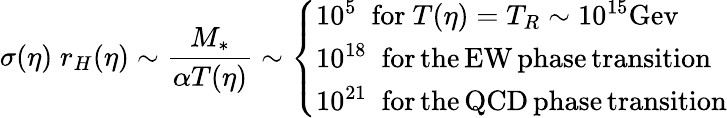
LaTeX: \sigma(\eta)\; r_{H}(\eta)\sim\frac{M_{*}}{\alpha T(\eta)}\sim\left\{ \begin{array}{l}{{10^{5}\; ~\mathrm{for}~T(\eta)=T_{R}\sim 10^{15}\mathrm{Gev}}}\\ {{10^{18}\; ~\mathrm{for\, the\, EW\, phase\, transition}}}\\ {{10^{21}\; ~\mathrm{for\, the\, QCD\, phase\, transition}}}\end{array}\right.